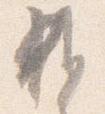
雑